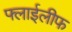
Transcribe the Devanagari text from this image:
फ्लाईलीफ